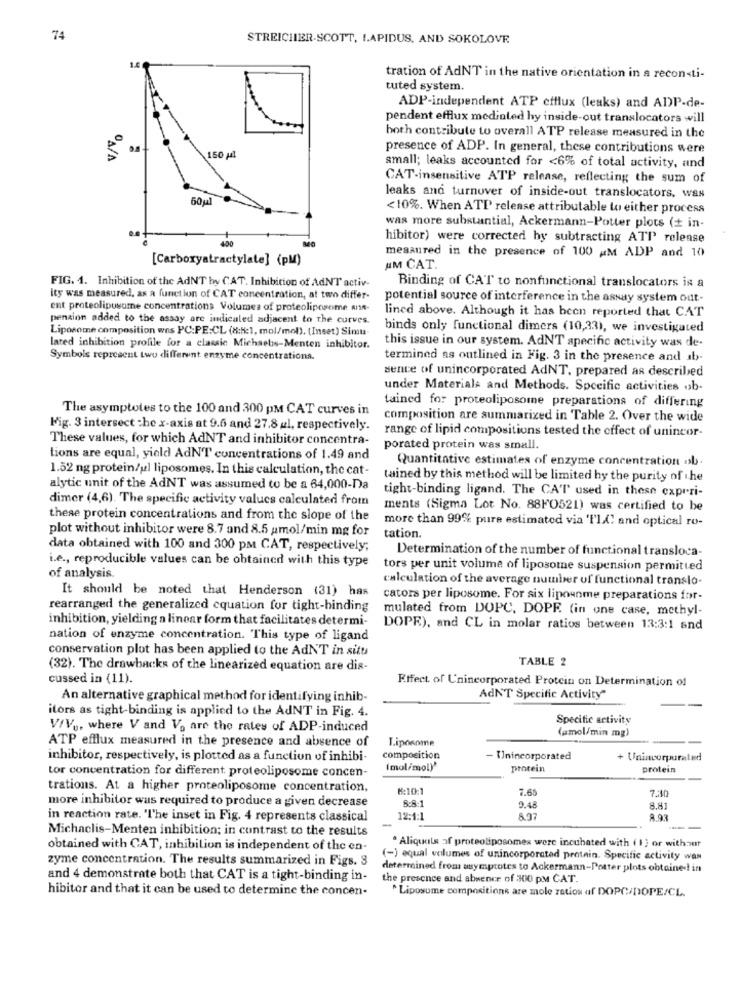
74
STREICHER-SCOTT, LAPIDUS, AND SOKOLOVE
tration of AdNT in the native orientation in a reconsti-
tuted system
ADP-independent ATP ctflux (leaks) and ADP-de-
pendent efflux mediated hy inside-out translocators will
both contribute to overall ATP release measured in the
presence of ADP. In general, these contributions were
"A/A
150 Ml
small; leaks accounted for <6% of total activity, and
CAT-insensitive ATP release, reflecting the sum of
60gl
leaks and turnover of inside-out translocators, was
<10%. When ATP release attributable to either process
was more substantial, Ackermann-Potter plots (+ in-
400
hibitor) were corrected by subtracting ATT release
measured in the presence of 100 AM ADP and 10
[Carboxyatractylate] (PM)
UM CAT.
FIG. 1. Inhibition of the AdNT by CAT. Inhibition of AdN'T activ-
Binding of CAT to nonfunctional translocators is a
Ity was measured, as a function of CAT concentration, at two differ-
potential source of interference in the assay system out-
ent proteolipusome concentrations Volumes of proteoliposome Ant-
lined above. Although it has been reported that CAT
penzion added to the assay are indicaled adjacent to the curves.
Liposome composition was PC:PE:CL (8:5:1, mol/mol). (Inset) Simu
binds only functional dimers (10,33), we investigated
lated inhibition profile for a classic Michaelis-Menten inhibitor.
this issue in our system. AdNT specific activity was de-
Symbols represent two different enzyme concentrations.
termined as outlined in Fig. 3 in the presence and ab.
sence of unincorporated AdNT, prepared as described
under Materials and Methods. Specific activities ob.
tained for proteoliposome preparations of differing
The asymptoles to the 100 and 300 pm CAT curves in
composition are summarized in Table 2. Over the wide
Fig. 3 intersect :he x-axis at 9.6 and 27.8 al, respectively.
range of lipid compositions tested the effect of unincor-
These values, for which AdNT and inhibitor concentra-
porated protein was small.
tions are equal, yield AdNT concentrations of 1.49 and
Quantitative estimates of enzyme concentration ob.
1.52 ng protein/ul liposomes. In this calculation, the cat-
tained by this method will be limited hy the purity of the
alytic unit of the AdNT was assumed to be a 64,000-Da
tight-binding ligand. The CA'T' used in these experi-
dimer (4,6). The specific activity values calculated from
ments (Sigma Lot No. 88F0521) was certified to be
these protein concentrations and from the slope of the
more than 99% pure estimated via 'Il() and optical ro-
plot without inhibitor were 8.7 and 8.5 amol/min mg for
tation.
data obtained with 100 and 300 pm CAT, respectively;
Determination of the number of functional transloca-
i.e ., reproducible values can be obtained with this type
tors per unit volume of liposome suspension permitted
of analysis.
calculation of the average number of functional translo-
It should be noted that Henderson (31) has
cators per liposome. For six lipounme preparations for-
rearranged the generalized equation for tight-binding
mulated from DOPC, DOPE (in one case, methyl-
inhibition, yielding a linear form that facilitates determi-
DOPE), and CL in molar ratios between 13:3:1 and
nation of enzyme concentration. This type of ligand
conservation plot has been applied to the AdNT in situ
TABLE 2
(32). The drawbacks of the linearized equation are dis-
cussed in (11).
Effect of Unincorporated Protein on Determination of
An alternative graphical method for identifying inhib-
AdNT Specific Activity"
itors as tight-binding is applied to the AdNT in Fig. 4.
Specific activity
V/V ., where V and Vo are the rates of ADP-induced
(amol/min mg)
ATP efflux measured in the presence and absence of
Tiposome
inhibitor, respectively, is plotted as a function of inhibi-
composition
- Unincorporated
+ Unincorporated
[mol/mol)'
protein
protein
tor concentration for different proteoliposome concen-
trations. At a higher proteoliposome concentration,
M:10:1
7.65
7.10
8:8:1
more inhibitor was required to produce a given decrease
9.48
8.81
in reaction rate. 'T'he inset in Fig. 4 represents classical
12:1:1
8.97
8.93
Michaclis-Menten inhibition; in contrast to the results
--
obtained with CAT, inhibition is independent of the en-
. Aliquals of proteoliposomes were incubated with ( 1} or without
zyme concentration. The results summarized in Figs. 3
(-) equal volumes of unincorporated protein. Specific activity was
determined from asympcotes to Ackermann-Potter plots obtained in
and 4 demonstrate both that CAT is a tight-binding in-
the presence and absence of 300 PM CAT.
hibitor and that it can be used to determine the concen-
^ Liposume compositions are mole ratios af DOPC/DOPE/CL.